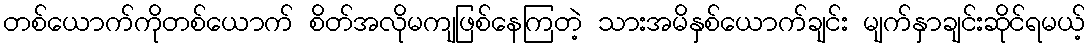
တစ်ယောက်ကိုတစ်ယောက် စိတ်အလိုမကျဖြစ်နေကြတဲ့ သားအမိနှစ်ယောက်ချင်း မျက်နှာချင်းဆိုင်ရမယ့်